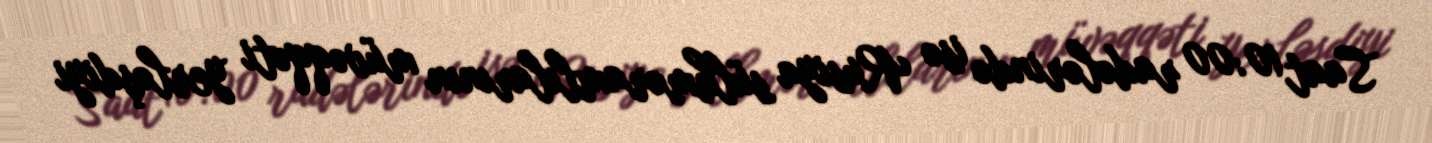
Saat 10:00 radələrində isə Rusiya sülhməramlılarının müvəqqəti yerləşdiyi